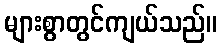
များစွာတွင်ကျယ်သည်။